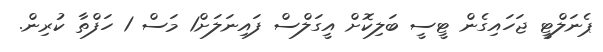
ޕެނަލްޓީ ޖަހައިގެން ޓީސީ ބަލިކޮށް އީގަލްސް ފައިނަލަށް1 މަސް 1 ހަފްތާ ކުރިން.